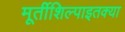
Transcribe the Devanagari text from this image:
मूर्तीशिल्पाइतक्या